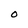
Character: O